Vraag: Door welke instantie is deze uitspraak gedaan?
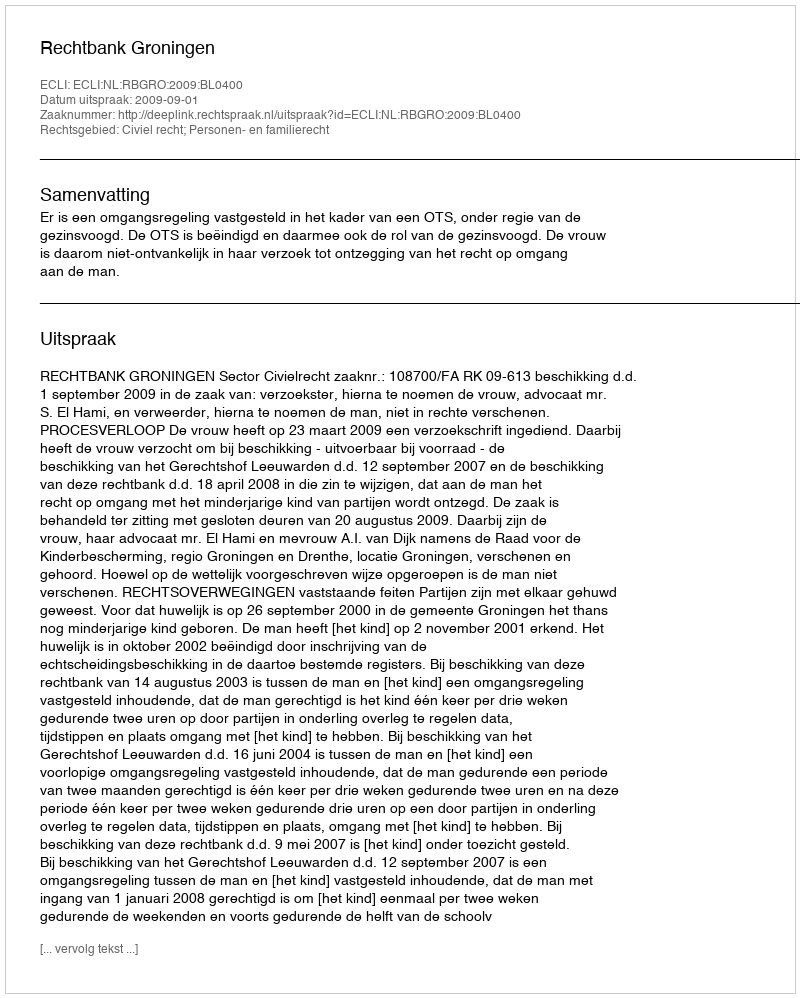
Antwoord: Rechtbank Groningen